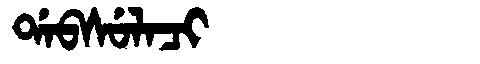
Manchu: ᡩᠠᠪᠰᡠᠯᠠᠴᡳ
Romanization: DABSULACI